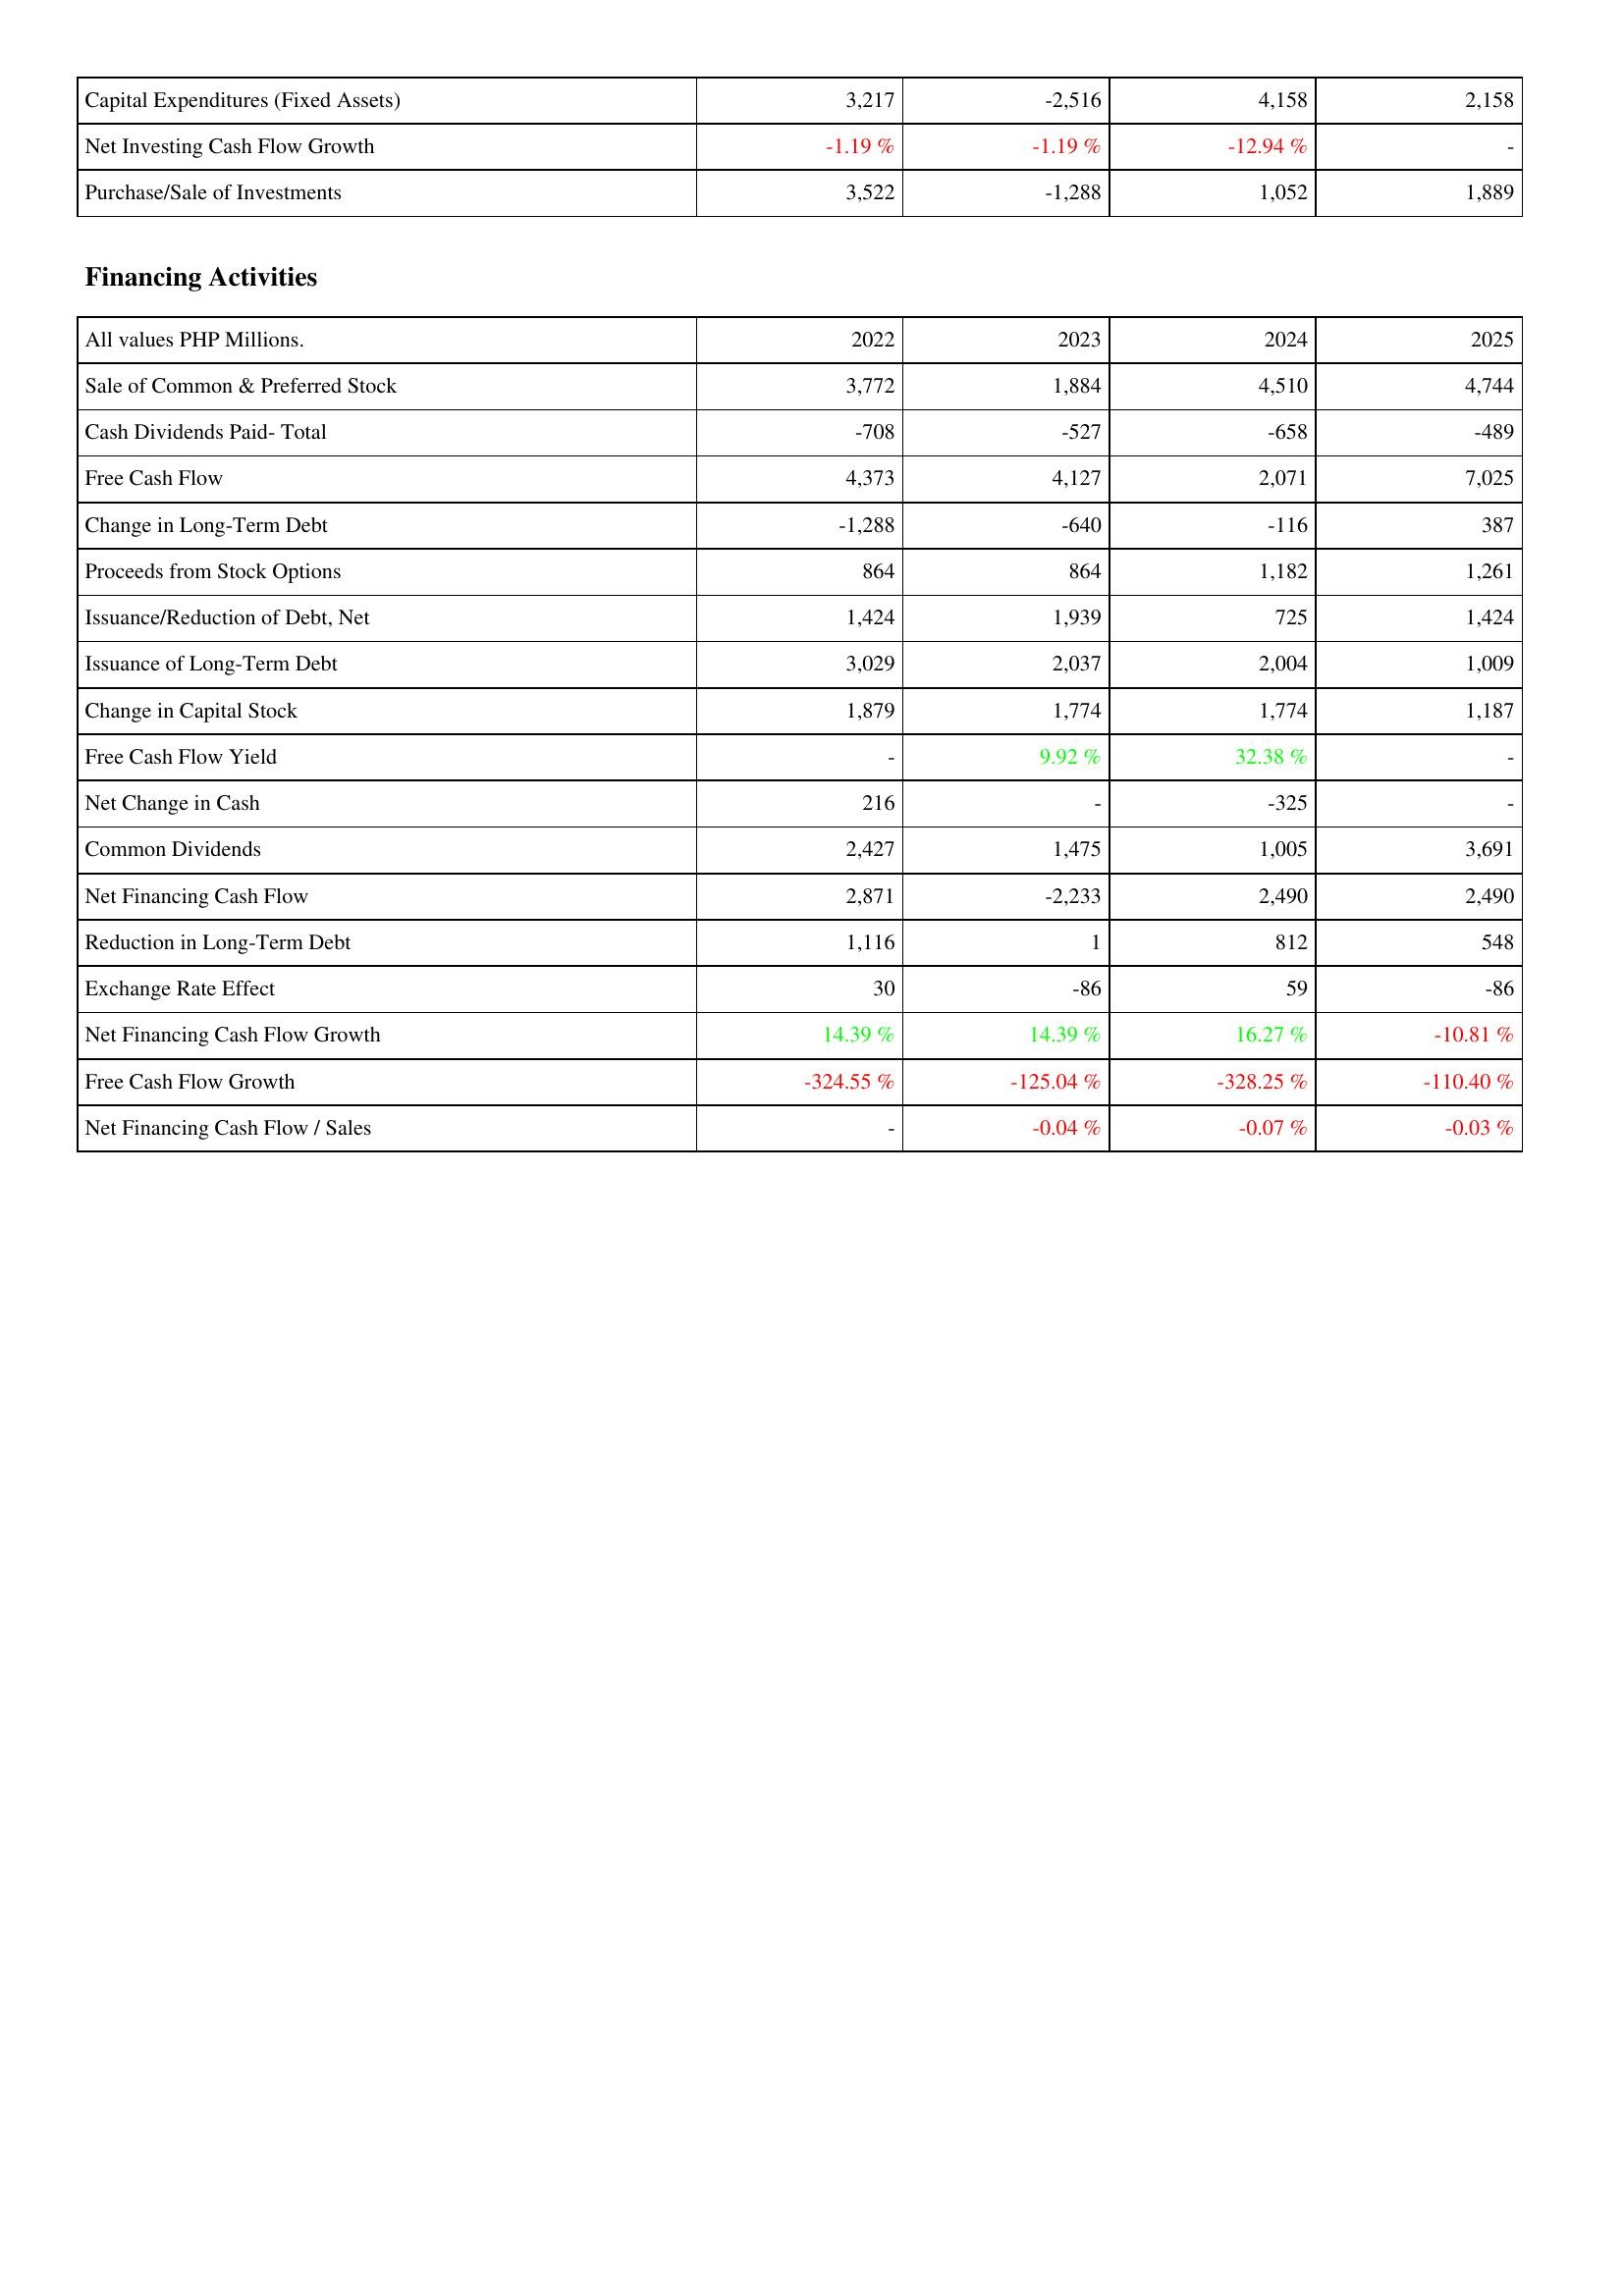
2022: Investing Activities: Capital Expenditures (Fixed Assets): 3,217
Net Investing Cash Flow Growth: -1.19 %
Purchase/Sale of Investments: 3,522
Financing Activities: Sale of Common & Preferred Stock: 3,772
Cash Dividends Paid- Total: -708
Free Cash Flow: 4,373
Change in Long-Term Debt: -1,288
Proceeds from Stock Options: 864
Issuance/Reduction of Debt, Net: 1,424
Issuance of Long-Term Debt: 3,029
Change in Capital Stock: 1,879
Free Cash Flow Yield: -
Net Change in Cash: 216
Common Dividends: 2,427
Net Financing Cash Flow: 2,871
Reduction in Long-Term Debt: 1,116
Exchange Rate Effect: 30
Net Financing Cash Flow Growth: 14.39 %
Free Cash Flow Growth: -324.55 %
Net Financing Cash Flow / Sales: -
2023: Investing Activities: Capital Expenditures (Fixed Assets): -2,516
Net Investing Cash Flow Growth: -1.19 %
Purchase/Sale of Investments: -1,288
Financing Activities: Sale of Common & Preferred Stock: 1,884
Cash Dividends Paid- Total: -527
Free Cash Flow: 4,127
Change in Long-Term Debt: -640
Proceeds from Stock Options: 864
Issuance/Reduction of Debt, Net: 1,939
Issuance of Long-Term Debt: 2,037
Change in Capital Stock: 1,774
Free Cash Flow Yield: 9.92 %
Net Change in Cash: -
Common Dividends: 1,475
Net Financing Cash Flow: -2,233
Reduction in Long-Term Debt: 1
Exchange Rate Effect: -86
Net Financing Cash Flow Growth: 14.39 %
Free Cash Flow Growth: -125.04 %
Net Financing Cash Flow / Sales: -0.04 %
2024: Investing Activities: Capital Expenditures (Fixed Assets): 4,158
Net Investing Cash Flow Growth: -12.94 %
Purchase/Sale of Investments: 1,052
Financing Activities: Sale of Common & Preferred Stock: 4,510
Cash Dividends Paid- Total: -658
Free Cash Flow: 2,071
Change in Long-Term Debt: -116
Proceeds from Stock Options: 1,182
Issuance/Reduction of Debt, Net: 725
Issuance of Long-Term Debt: 2,004
Change in Capital Stock: 1,774
Free Cash Flow Yield: 32.38 %
Net Change in Cash: -325
Common Dividends: 1,005
Net Financing Cash Flow: 2,490
Reduction in Long-Term Debt: 812
Exchange Rate Effect: 59
Net Financing Cash Flow Growth: 16.27 %
Free Cash Flow Growth: -328.25 %
Net Financing Cash Flow / Sales: -0.07 %
2025: Investing Activities: Capital Expenditures (Fixed Assets): 2,158
Net Investing Cash Flow Growth: -
Purchase/Sale of Investments: 1,889
Financing Activities: Sale of Common & Preferred Stock: 4,744
Cash Dividends Paid- Total: -489
Free Cash Flow: 7,025
Change in Long-Term Debt: 387
Proceeds from Stock Options: 1,261
Issuance/Reduction of Debt, Net: 1,424
Issuance of Long-Term Debt: 1,009
Change in Capital Stock: 1,187
Free Cash Flow Yield: -
Net Change in Cash: -
Common Dividends: 3,691
Net Financing Cash Flow: 2,490
Reduction in Long-Term Debt: 548
Exchange Rate Effect: -86
Net Financing Cash Flow Growth: -10.81 %
Free Cash Flow Growth: -110.40 %
Net Financing Cash Flow / Sales: -0.03 %